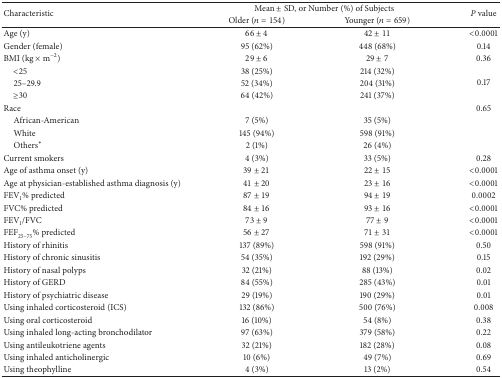
| <ROWSPAN=2> Characteristic | <COLSPAN=2> Mean ± SD, or Number (%) of Subjects | <ROWSPAN=2> P value |
 | Older (n = 154) | Younger (n = 659) |
 | --- | --- | --- | --- |
 | Age (y) | 66 ± 4 | 42 ± 11 | <0.0001 |
 | Gender (female) | 95 (62%) | 448 (68%) | 0.14 |
 | BMI (kg × m−2) | 29 ± 6 | 29 ± 7 | 0.36 |
 | <25 | 38 (25%) | 214 (32%) | <ROWSPAN=3> 0.17 |
 | 25–29.9 | 52 (34%) | 204 (31%) |
 | ≥30 | 64 (42%) | 241 (37%) |
 | Race |  |  | 0.65 |
 | African-American | 7 (5%) | 35 (5%) |  |
 | White | 145 (94%) | 598 (91%) |  |
 | Others* | 2 (1%) | 26 (4%) |  |
 | Current smokers | 4 (3%) | 33 (5%) | 0.28 |
 | Age of asthma onset (y) | 39 ± 21 | 22 ± 15 | <0.0001 |
 | Age at physician-established asthma diagnosis (y) | 41 ± 20 | 23 ± 16 | <0.0001 |
 | FEV1% predicted | 87 ± 19 | 94 ± 19 | 0.0002 |
 | FVC% predicted | 84 ± 16 | 93 ± 16 | <0.0001 |
 | FEV1/FVC | 73 ± 9 | 77 ± 9 | <0.0001 |
 | FEF25–75% predicted | 56 ± 27 | 71 ± 31 | <0.0001 |
 | History of rhinitis | 137 (89%) | 598 (91%) | 0.50 |
 | History of chronic sinusitis | 54 (35%) | 192 (29%) | 0.15 |
 | History of nasal polyps | 32 (21%) | 88 (13%) | 0.02 |
 | History of GERD | 84 (55%) | 285 (43%) | 0.01 |
 | History of psychiatric disease | 29 (19%) | 190 (29%) | 0.01 |
 | Using inhaled corticosteroid (ICS) | 132 (86%) | 500 (76%) | 0.008 |
 | Using oral corticosteroid | 16 (10%) | 54 (8%) | 0.38 |
 | Using inhaled long-acting bronchodilator | 97 (63%) | 379 (58%) | 0.22 |
 | Using antileukotriene agents | 32 (21%) | 182 (28%) | 0.08 |
 | Using inhaled anticholinergic | 10 (6%) | 49 (7%) | 0.69 |
 | Using theophylline | 4 (3%) | 13 (2%) | 0.54 |